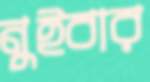
নুইবার